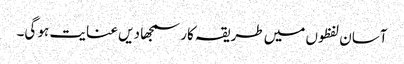
آسان لفظوں میں طریقہ کار سمجھا دیں عنایت ہو گی۔